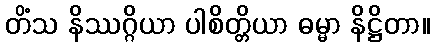
တိံသ နိဿဂ္ဂိယာ ပါစိတ္တိယာ ဓမ္မာ နိဋ္ဌိတာ။